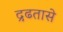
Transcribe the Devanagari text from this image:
द्रढतासे